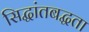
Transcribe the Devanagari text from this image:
सिद्धांतबद्धता